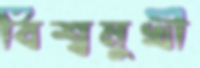
বিশ্বমুখী